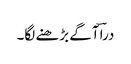
دراؔ آگے بڑھنے لگا۔